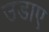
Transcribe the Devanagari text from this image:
उडाए